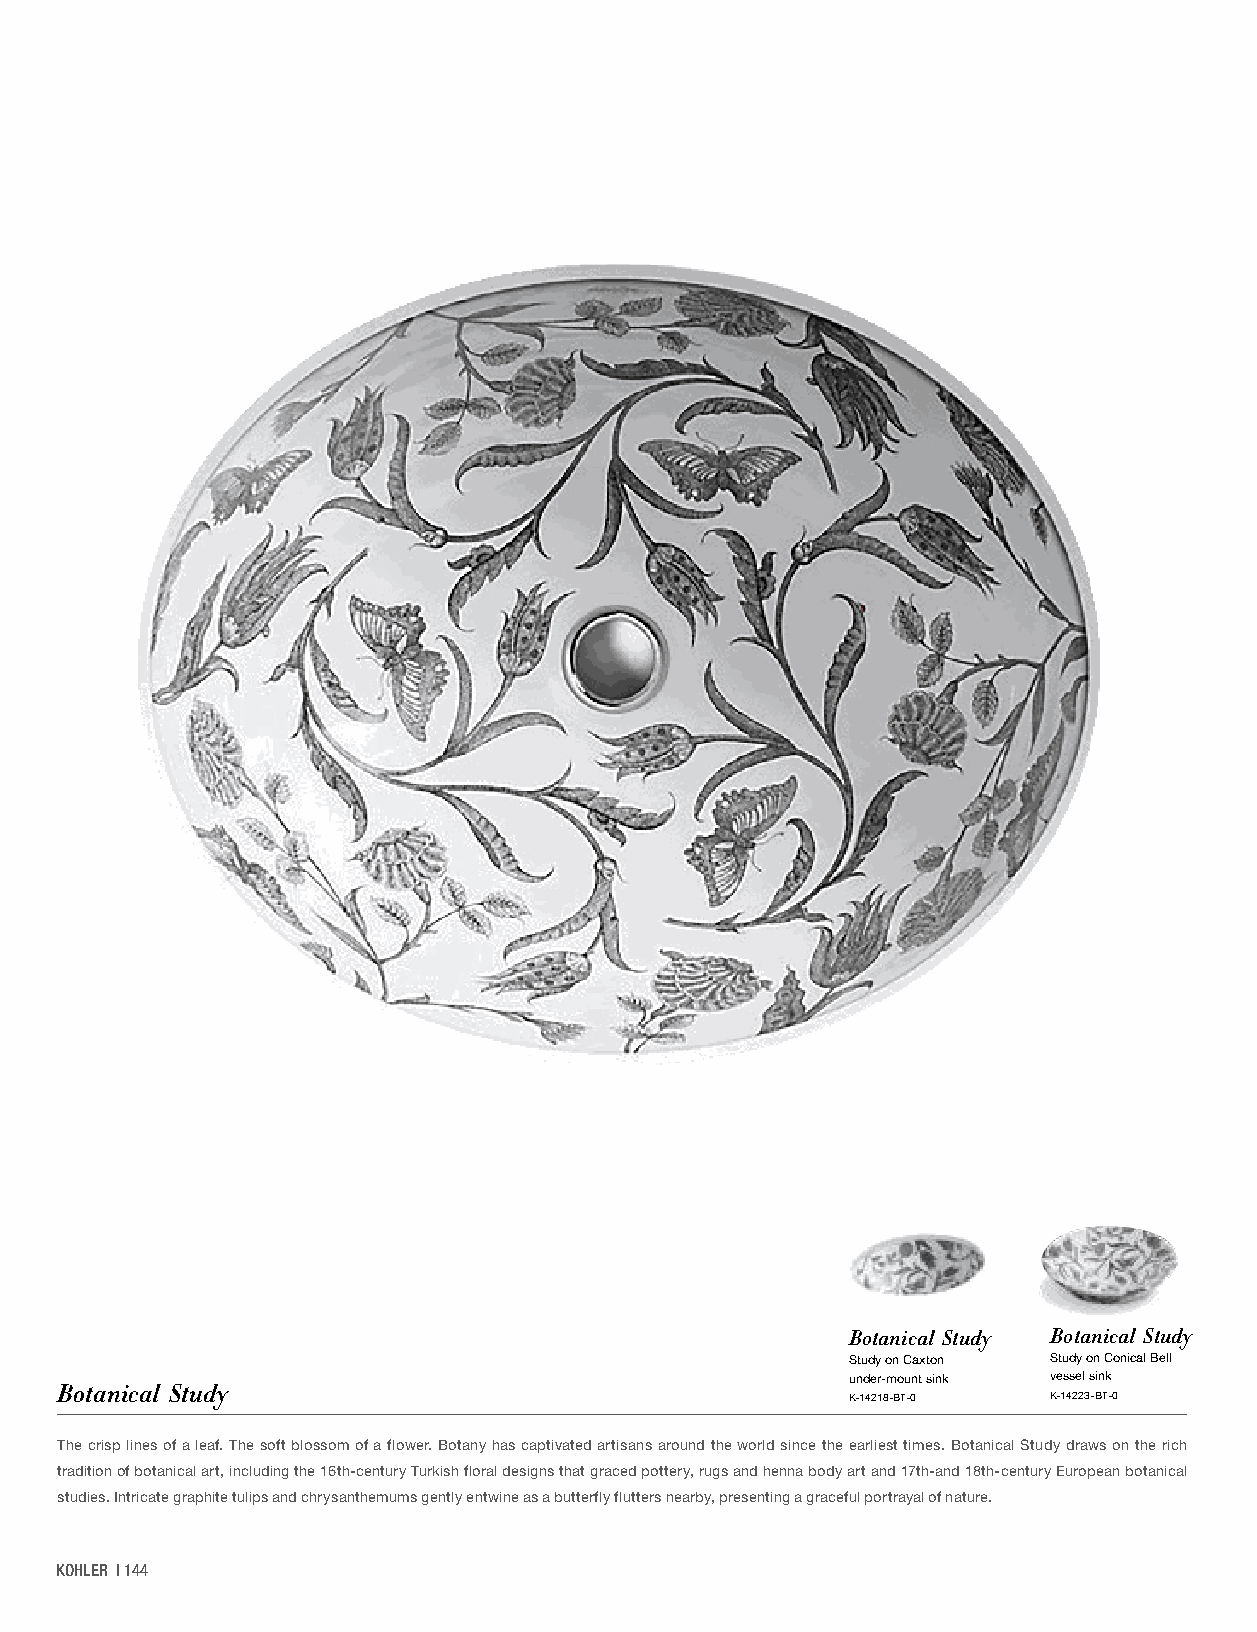
Botanical Study Botanical Study
 Study on Caxton Study on Conical Bell
 under-mount sink vessel sink
 Botanical Study                                     K-14218-BT-0 K-14223-BT-0
 The crisp lines of a leaf. The soft blossom of a flower. Botany has captivated artisans around the world since the earliest times. Botanical Study draws on the rich
 tradition of botanical art, including the 16th-century Turkish floral designs that graced pottery, rugs and henna body art and 17th-and 18th-century European botanical
 studies. Intricate graphite tulips and chrysanthemums gently entwine as a butterfly flutters nearby, presenting a graceful portrayal of nature.
 KOHLER | 144